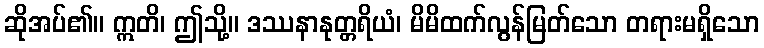
ဆိုအပ်၏။ ဣတိ၊ ဤသို့။ ဒဿနာနုတ္တရိယံ၊ မိမိထက်လွန်မြတ်သော တရားမရှိသော